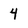
Character: 4